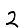
Digit: 2